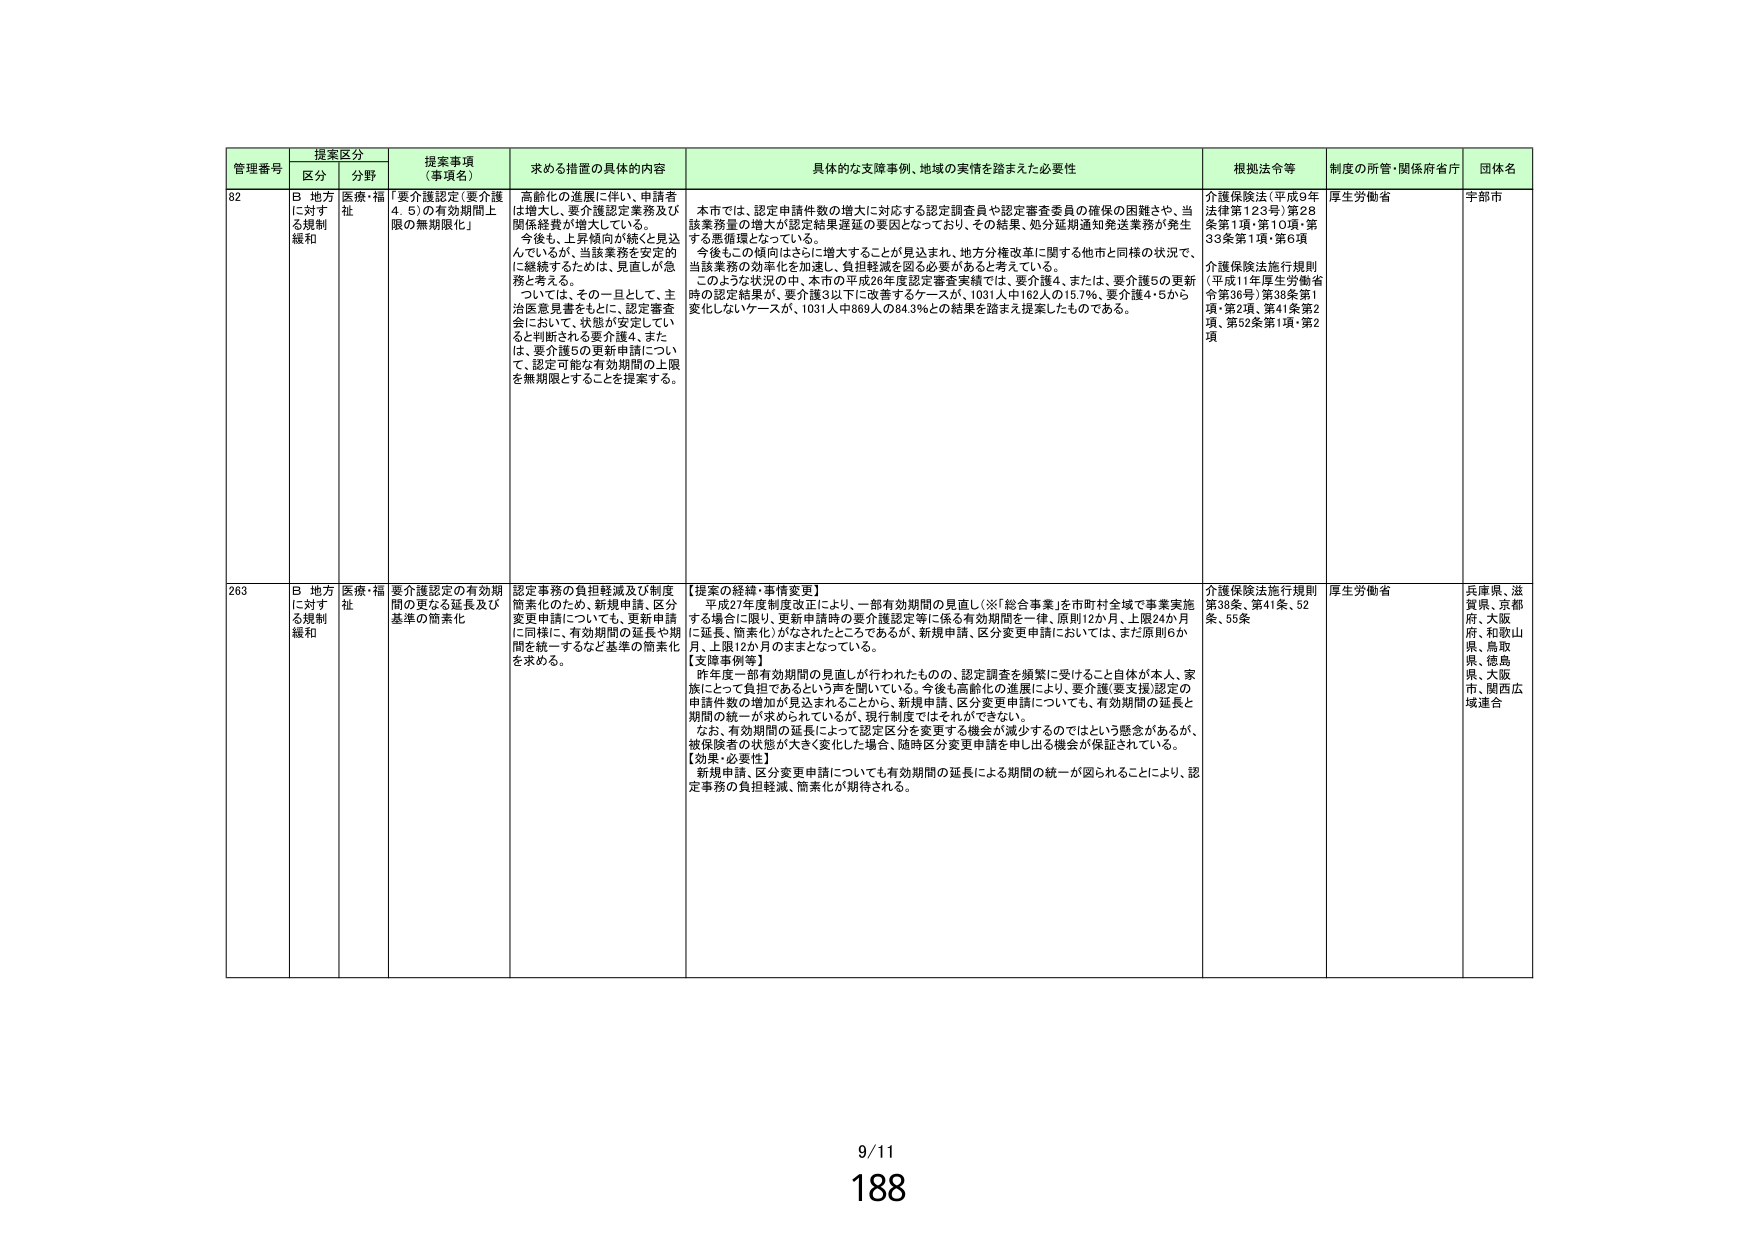
管理番号 提案区分 提案事項（事項名） 求める措置の具体的内容 具体的な支援事例、地域の実情を踏まえた必要性 根拠法令等 制度の所管・関係府省庁 団体名
区分 分野
82 B 地方に対する規制緩和 医療・福祉 「要介護認定（要介護4、5）の有効期間上限の無期限化」 高齢化の進展に伴い、申請者は増大し、要介護認定業務及び関係経費が増大している。今後も、上昇傾向が続くと見なしているが、当該業務を安定的に継続するためには、見直しが急務と考える。 ついては、その一目として、主治医意見書をもとに、認定審査会において、状態が安定していると判断される要介護4、または、要介護5の更新申請について、認定可能な有効期間の上限を無期限とすることを提案する。 本市では、認定申請件数の増大に対応する認定調査員や認定審査委員の確保の困難さや、当該業務量の増大が認定結果遅延の要因となっており、その結果、処分延期通知発送業務が発生する悪循環となっている。 今後もこの傾向はさらに増大することが見込まれ、地方分権改革に関する他市と同様の状況で、当該業務の効率化を加速し、負担軽減を図る必要があると考えている。 このような状況の中、本市の平成26年度認定審査実績では、要介護4、または、要介護5の更新時の認定結果が、要介護3以下に改善するケースが、1031人中162人の15.7％、要介護4・5から変化しないケースが、1031人中869人の84.3％との結果を踏まえ提案したものである。 介護保険法（平成9年法律第123号）第28条第1項・第10項・第33条第1項・第6項 介護保険法施行規則（平成11年厚生労働省令第36号）第38条第1項・第2項、第41条第2項、第52条第1項・第2項 厚生労働省 宇部市
263 B 地方に対する規制緩和 医療・福祉 要介護認定の有効期間の更なる延長及び基準の簡素化 認定事務の負担軽減及び制度簡素化のため、新規申請、区分変更申請についても、更新申請に同様に、有効期間の延長や期間を統一するなど基準の簡素化を求める。 【提案の経緯・事情変更】 平成27年度制度改正により、一部有効期間の見直し（※「総合事業」を市町村全域で事業実施する場合に限り、更新申請時の要介護認定等に係る有効期間を一律、原則12か月、上限24か月に延長、簡素化）がなされたところであるが、新規申請、区分変更申請においては、まだ原則6か月、上限12か月のままとなっている。 【支援事例等】 昨年度一部有効期間の見直しが行われたものの、認定調査を頻繁に受けること自体が本人、家族にとって負担であるという声を聞いている。今後も高齢化の進展により、要介護（要支援）認定の申請件数の増加が見込まれることから、新規申請、区分変更申請についても、有効期間の延長と期間の統一が求められているが、現行制度ではそれができない。 なお、有効期間の延長によって認定区分を変更する機会が減少するのではという懸念があるが、被保険者の状態が大きく変化した場合、随時区分変更申請を申し出る機会が保証されている。 【効果・必要性】 新規申請、区分変更申請についても有効期間の延長による期間の統一が図られることにより、認定事務の負担軽減、簡素化が期待される。 介護保険法施行規則第38条、第41条、52条、53条 厚生労働省 兵庫県、滋賀県、京都府、大阪府、和歌山県、鳥取県、徳島県、大阪市、関西広域連合
9/11
188